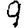
Digit: 9